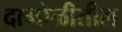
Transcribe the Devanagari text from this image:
दाभोळीतील